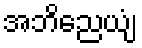
အဘိညေယျံ